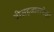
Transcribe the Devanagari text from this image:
वीसहजारापेक्षा